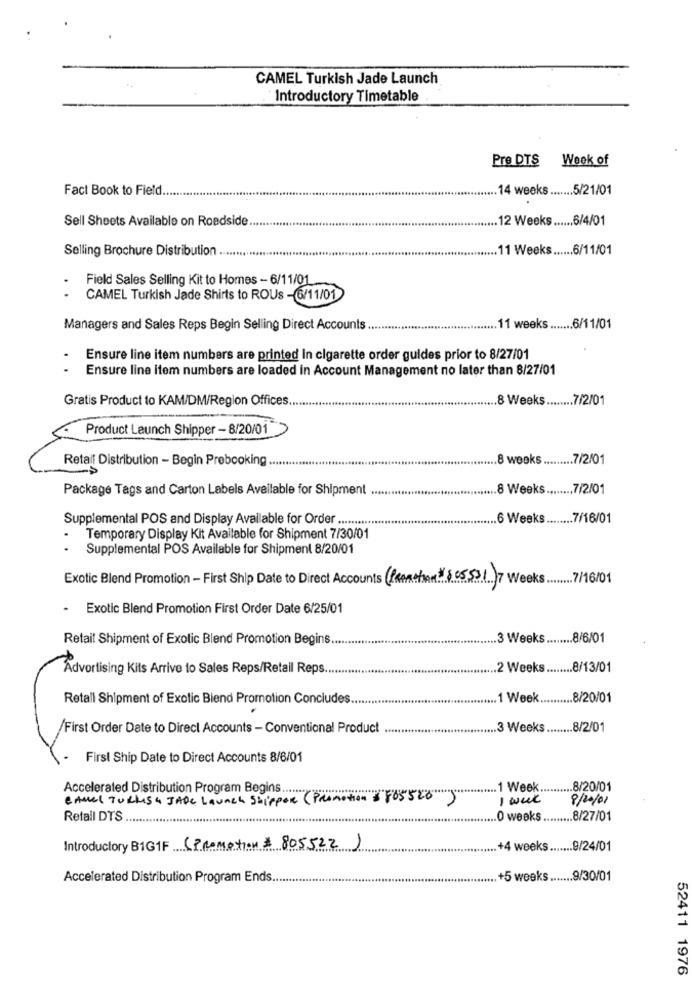
CAMEL Turkish Jade Launch
Introductory Timetable
Pre DTS Week of
Fact Book to Field.
14 weeks ....... 5/21/01
Sell Sheets Available on Roadside
.... 12 Weeks ...... 6/4/01
Selling Brochure Distribution
11 Weeks ...... 6/11/01
Field Sales Selling Kit to Homes - 6/11/01
CAMEL Turkish Jade Shirts to ROUs - 6/11/01
Managers and Sales Reps Begin Selling Direct Accounts.
...... 11 weeks ....... 6/11/01
Ensure line item numbers are printed in cigarette order guides prior to 8/27/01
..
Ensure line item numbers are loaded in Account Management no later than 8/27/01
Gratis Product to KAM/DM/Region Offices .....
.... 8 Weeks ........ 7/2/01
Product Launch Shipper - 8/20/01
Retail Distribution - Begin Prebooking ..
8 weeks ......... 7/2/01
Package Tags and Carton Labels Available for Shipment
.... 8 Weeks ........ 7/2/01
Supplemental POS and Display Available for Order.
.6 Weeks ........ 7/16/01
Temporary Display Kit Available for Shipment 7/30/01
. .
Supplemental POS Available for Shipment 8/20/01
Exotic Blend Promotion - First Ship Date to Direct Accounts PRARSTAM$805531) 7 Weeks 7/16/01
- Exotic Blend Promotion First Order Date 6/25/01
Retail Shipment of Exotic Blend Promotion Begins ....
.. 3 Weeks ........ 8/6/01
Advertising Kits Arrive to Sales Reps/Retail Reps.
.2 Weeks ........ 8/13/01
Retall Shipment of Exotic Blend Promotion Concludes.
....... 1 Week .......... 8/20/01
/First Order Date to Direct Accounts - Conventional Product .......
...... 3 Weeks ........ 8/2/01
First Ship Date to Direct Accounts 8/6/01
Accelerated Distribution Program Begins .......
... 1 Week .......... 8/20/01
CAMEL TURKISH JADE Launch Shipper ( Promotion #865526
9/20/01
Retail DTS .
.0 weeks ..
...... 8/27/01
Introductory B1G1F (Promotion # 805522 )
... +4 weeks ....... 9/24/01
Accelerated Distribution Program Ends ..
..... +5 weeks ....... 9/30/01
52411 1976